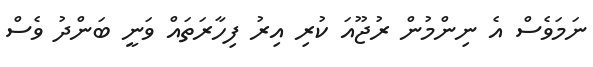
ނަމަވެސް އެ ނިންމުން ރުޖޫއަ ކުރި އިރު ފިހާރަތައް ވަނީ ބަންދު ވެސް